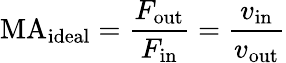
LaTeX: \mathrm{MA}_{\mathrm{ideal}}={\frac{F_{\mathrm{out}}}{F_{\mathrm{in}}}}={\frac{v_{\mathrm{in}}}{v_{\mathrm{out}}}}